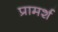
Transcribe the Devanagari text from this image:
प्रामर्श